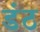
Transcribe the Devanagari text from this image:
डंठ